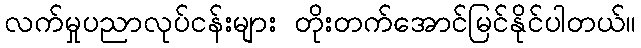
လက်မှုပညာလုပ်ငန်းများ တိုးတက်အောင်မြင်နိုင်ပါတယ်။